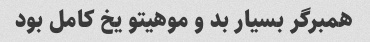
همبرگر بسیار بد و موهیتو یخ کامل بود